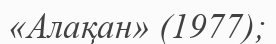
«Алақан» (1977);